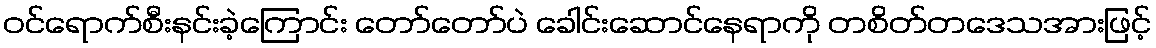
ဝင်ရောက်စီးနင်းခဲ့ကြောင်း တော်တော်ပဲ ခေါင်းဆောင်နေရာကို တစိတ်တဒေသအားဖြင့်